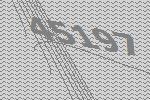
45197